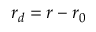
r _ { d } = r - r _ { 0 }